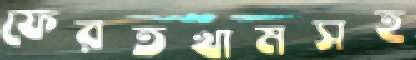
ফেরতখামসহ